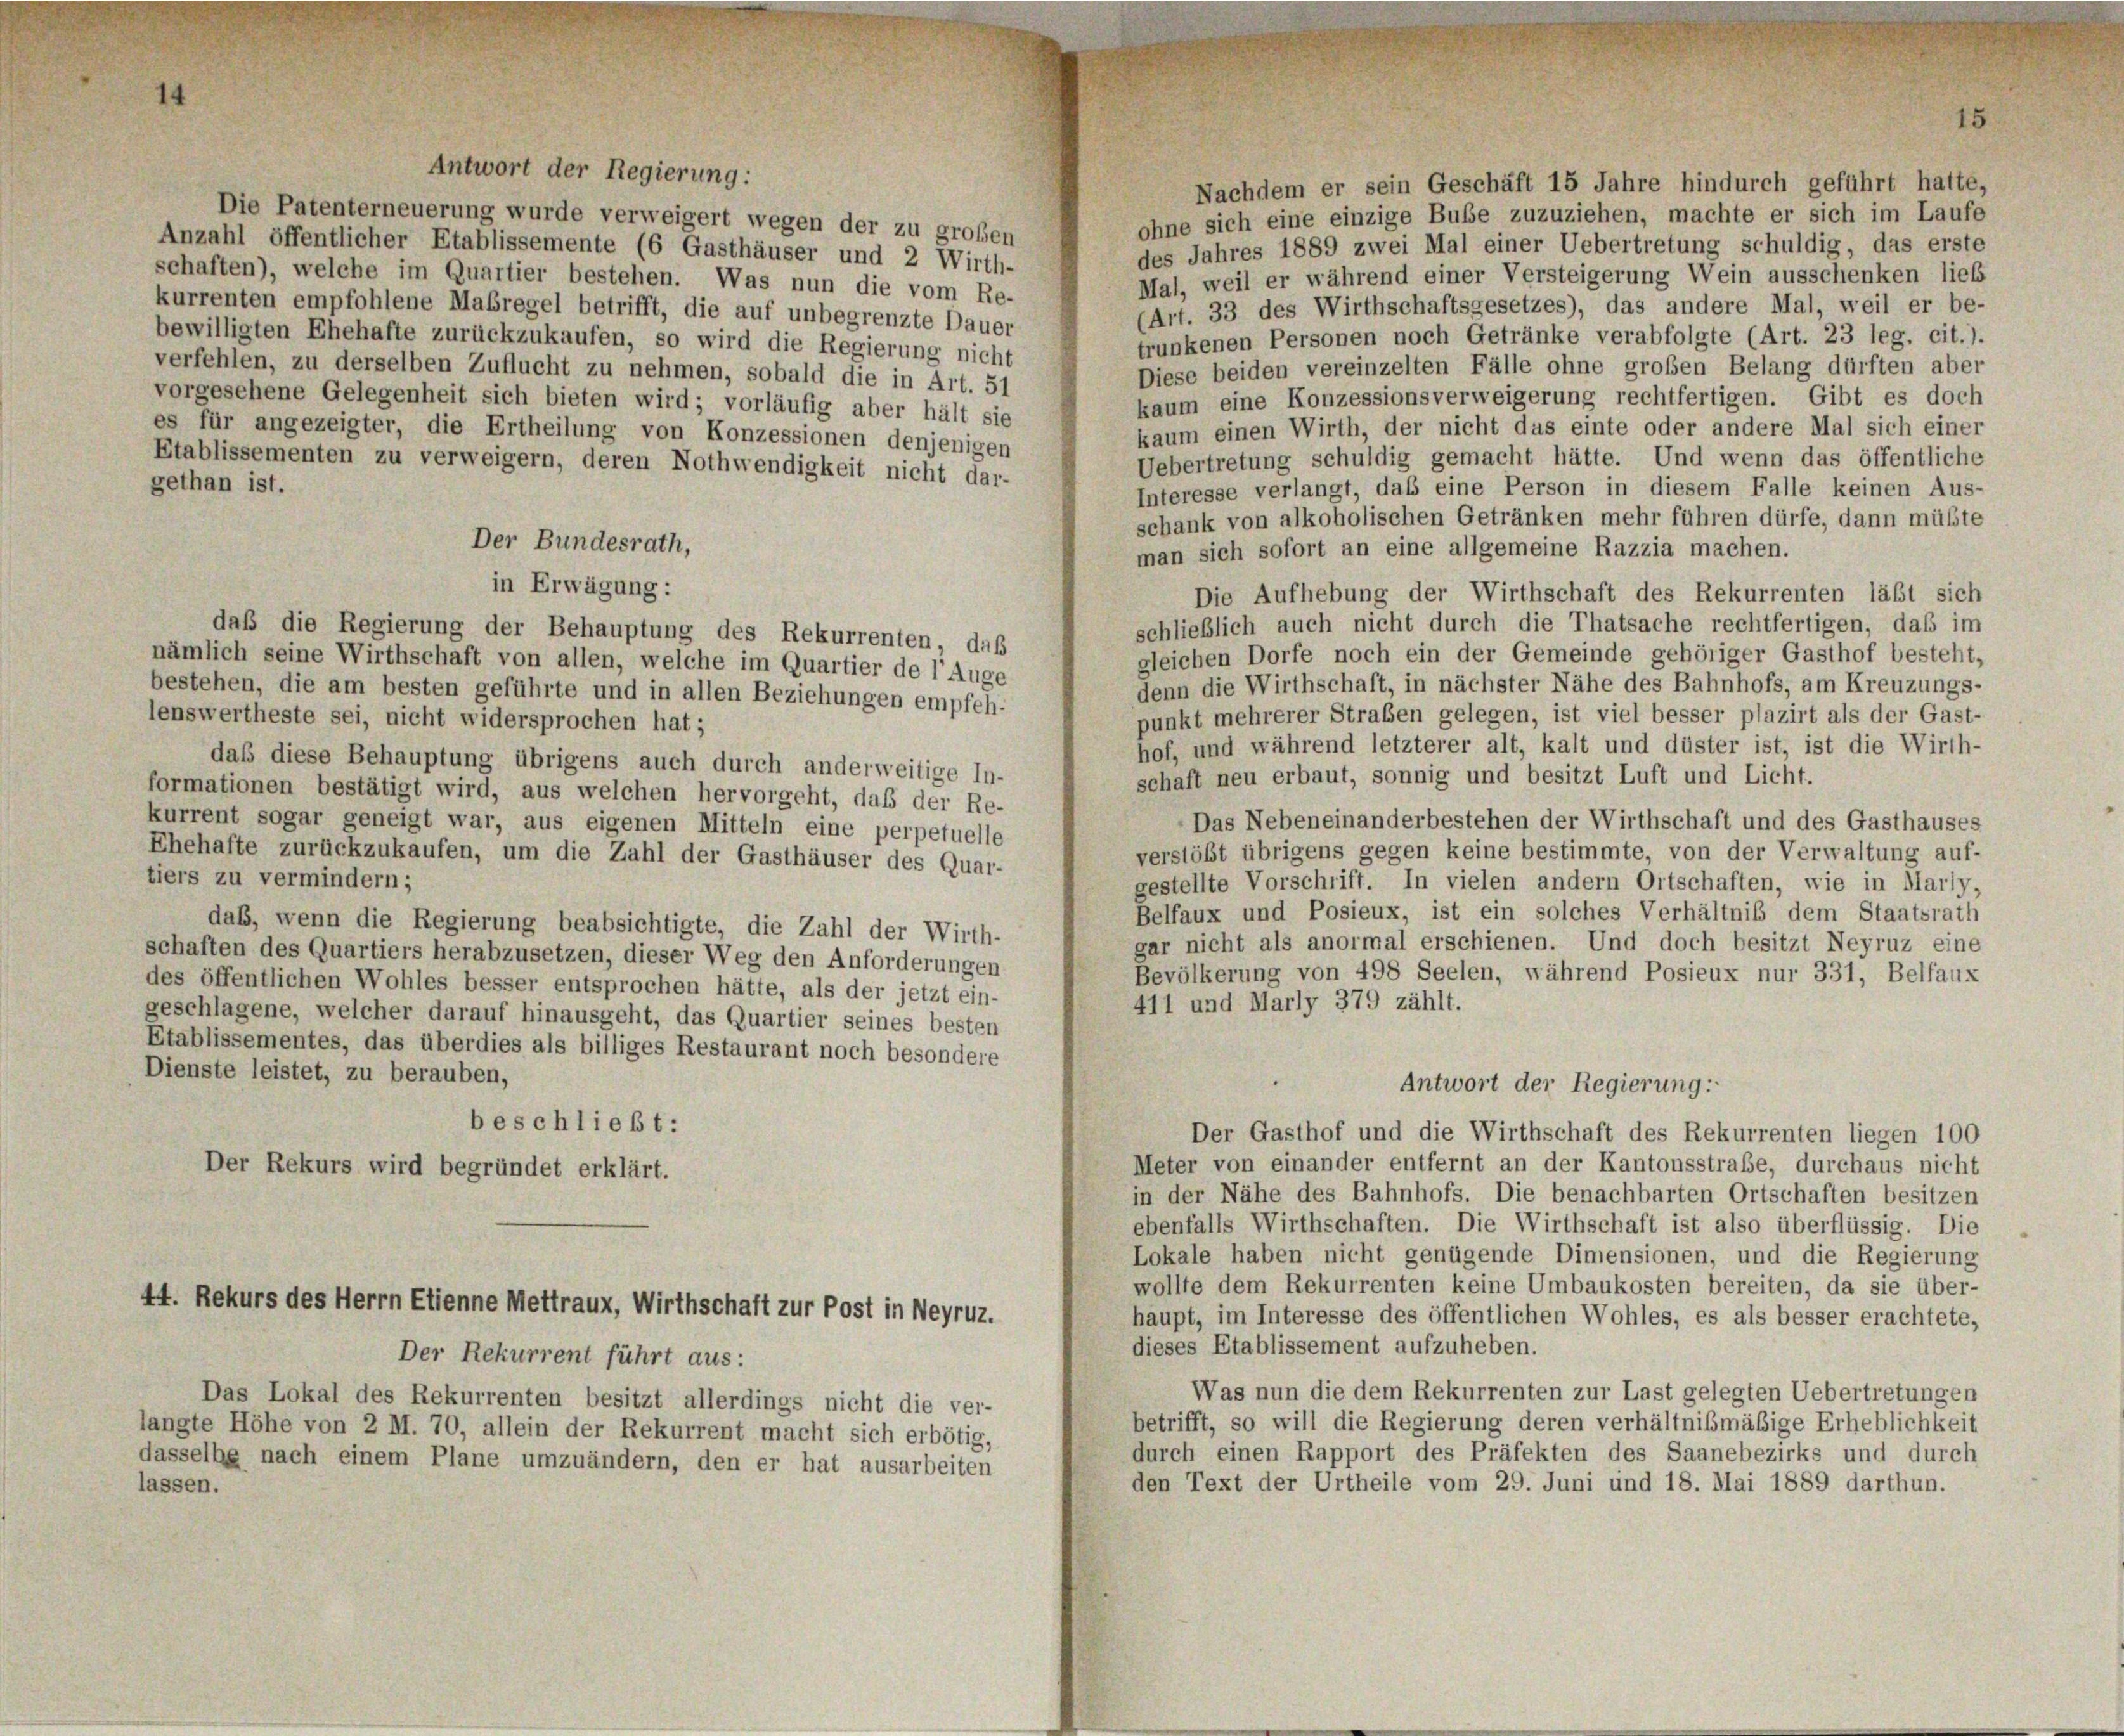
Nachdem er sein Geschäft 15 Jahre hindurch geführt hatte,
ohne sich eine einzige Bube zuzuziehen, machte er sich im Laufe
Die Patenterneuerung wurde verweigert wegen der zu großen
Anzahl öffentlicher Etablissemente (6 Gasthäuser und 2 Wirth-
des Jahres 1889 zwei Mal einer Uebertretung schuldig, das erste
schaften), welche im Quartier bestehen. Was nun die vom Re-
Mal, weil er während einer Versteigerung Wein ausschenken lieb
(Art. 33 des Wirthschaftsgesetzes), das andere Mal, weil er be-
kurrenten empfohlene Maßregel betrifft, die auf unbegrenzte Dauer
trunkenen Personen noch Getränke verabfolgte (Art. 23 leg. cit.).
bewilligten Ehehafte zurückzukaufen, so wird die Regierung nicht
Diese beiden vereinzelten Fälle ohne großen Belang dürften aber
verfehlen, zu derselben Zuflucht zu nehmen, sobald die in Art. 51
kaum eine Konzessionsverweigerung rechtfertigen. Gibt es doch
vorgesehene Gelegenheit sich bieten wird; vorläufig aber hält sie
kaum einen Wirth, der nicht das einte oder andere Mal sich einer
es für angezeigter, die Ertheilung von Konzessionen denjenigen
Uebertretung schuldig gemacht hätte. Und wenn das öffentliche
Etablissementen zu verweigern, deren Nothwendigkeit nicht dar-
gethan ist.
Interesse verlangt, daß eine Person in diesem Falle keinen Aus-
schank von alkoholischen Getränken mehr führen dürfe, dann müßte
Der Bundesrath,
man sich sofort an eine allgemeine Razzia machen.
in Erwägung:
Die Aufhebung der Wirthschaft des Rekurrenten läßt sich
schließlich auch nicht durch die Thatsache rechtfertigen, daß im
daß die Regierung der Behauptung des Rekurrenten, daß
gleichen Dorfe noch ein der Gemeinde gehöriger Gasthof besteht,
nämlich seine Wirthschaft von allen, welche im Quartier de l’Auge
denn die Wirthschaft, in nächster Nähe des Bahnhofs, am Kreuzungs-
bestehen, die am besten geführte und in allen Beziehungen empfeh-
punkt mehrerer Straßen gelegen, ist viel besser plazirt als der Gast-
lenswertheste sei, nicht widersprochen hat;
hof, und während letzterer alt, kalt und düster ist, ist die Wirth-
daß diese Behauptung übrigens auch durch anderweitige In-
schaft neu erbaut, sonnig und besitzt Luft und Licht.
formationen bestätigt wird, aus welchen hervorgeht, daß der Re-
Das Nebeneinanderbestehen der Wirthschaft und des Gasthauses
kurrent sogar geneigt war, aus eigenen Mitteln eine perpetuelle
verstößt übrigens gegen keine bestimmte, von der Verwaltung auf-
Ehehafte zurückzukaufen, um die Zahl der Gasthäuser des Quar-
tiers zu vermindern;
gestellte Vorschrift. In vielen andern Ortschaften, wie in Marly,
Belfaux und Posieux, ist ein solches Verhältniß dem Staatsrath
daß, wenn die Regierung beabsichtigte, die Zahl der Wirth-
gar nicht als anormal erschienen. Und doch besitzt Neyruz eine
schaften des Quartiers herabzusetzen, dieser Weg den Anforderungen
Bevölkerung von 498 Seelen, während Posieux nur 331, Belfaux
des öffentlichen Wohles besser entsprochen hätte, als der jetzt ein-
411 und Marly 379 zählt.
geschlagene, welcher darauf hinausgeht, das Quartier seines besten
Etablissementes, das überdies als billiges Restaurant noch besondere
Dienste leistet, zu berauben,
Antwort der Regierung:
beschließt:
Der Gasthof und die Wirthschaft des Rekurrenten liegen 100
Meter von einander entfernt an der Kantonsstraße, durchaus nicht
Der Rekurs wird begründet erklärt.
in der Nähe des Bahnhofs. Die benachbarten Ortschaften besitzen
ebenfalls Wirthschaften. Die Wirthschaft ist also überflüssig. Die
Lokale haben nicht genügende Dimensionen, und die Regierung
wollte dem Rekurrenten keine Umbaukosten bereiten, da sie über-
44. Rekurs des Herrn Etienne Mettraux, Wirthschaft zur Post in Meyruz.
haupt, im Interesse des öffentlichen Wohles, es als besser erachtete,
dieses Etablissement aufzuheben.
Der Rekurrent führt aus:
Was nun die dem Rekurrenten zur Last gelegten Uebertretungen
Das Lokal des Rekurrenten besitzt allerdings nicht die ver-
betrifft, so will die Regierung deren verhältnißmäßige Erheblichkeit
langte Höhe von 2 M. 70, allein der Rekurrent macht sich erbötig,
durch einen Rapport des Präfekten des Saanebezirks und durch
dasselbe nach einem Plane umzuändern, den er hat ausarbeiten
den Text der Urtheile vom 29. Juni und 18. Mai 1889 darthun.
lassen.

Antwort der Regierung: